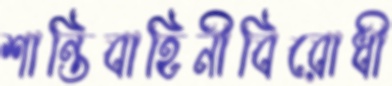
শান্তিবাহিনীবিরোধী